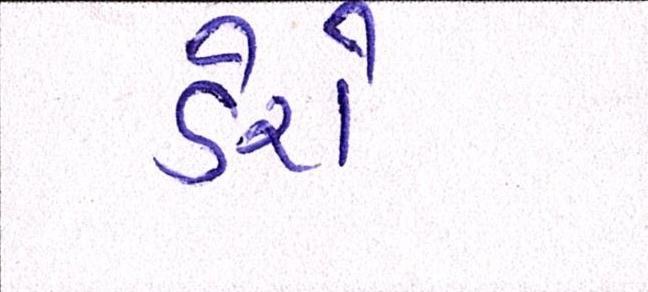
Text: ડેરો